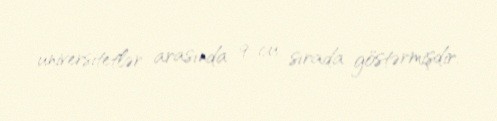
universitetlər arasında 9-cu sırada göstərmişdir.